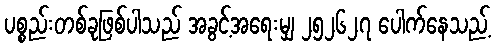
ပစ္စည်းတစ်ခုဖြစ်ပါသည် အခွင့်အရေးမျှ ၂၅၂၆၂၇ ပေါက်နေသည့်